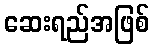
ဆေးရည်အဖြစ်